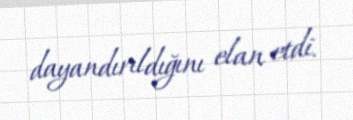
dayandırıldığını elan etdi.